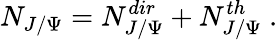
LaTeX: N_{J/\Psi}=N_{J/\Psi}^{dir}+N_{J/\Psi}^{th}\ .